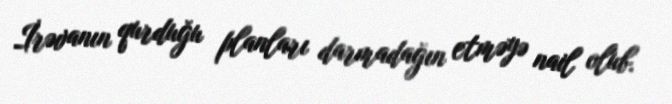
İrəvanın qurduğu planları darmadağın etməyə nail olub.